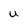
Character: U